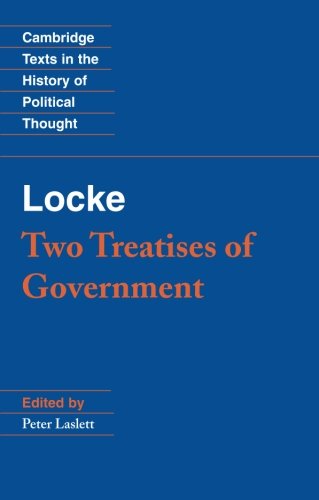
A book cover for Locke: Two Treatises of Government (Cambridge Texts in the History of Political Thought); John Locke; Politics & Social Sciences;